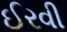
ઈરવી